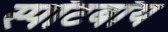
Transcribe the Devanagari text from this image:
स्पॉटबॉय